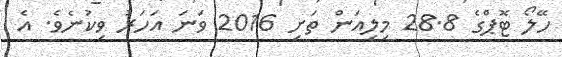
ހޭލޯ ޓޮޕްގެ 28.8 މިލިއަން ތަށި 2016 ވަނަ އަހަރު ވިކުނެވެ. އެ